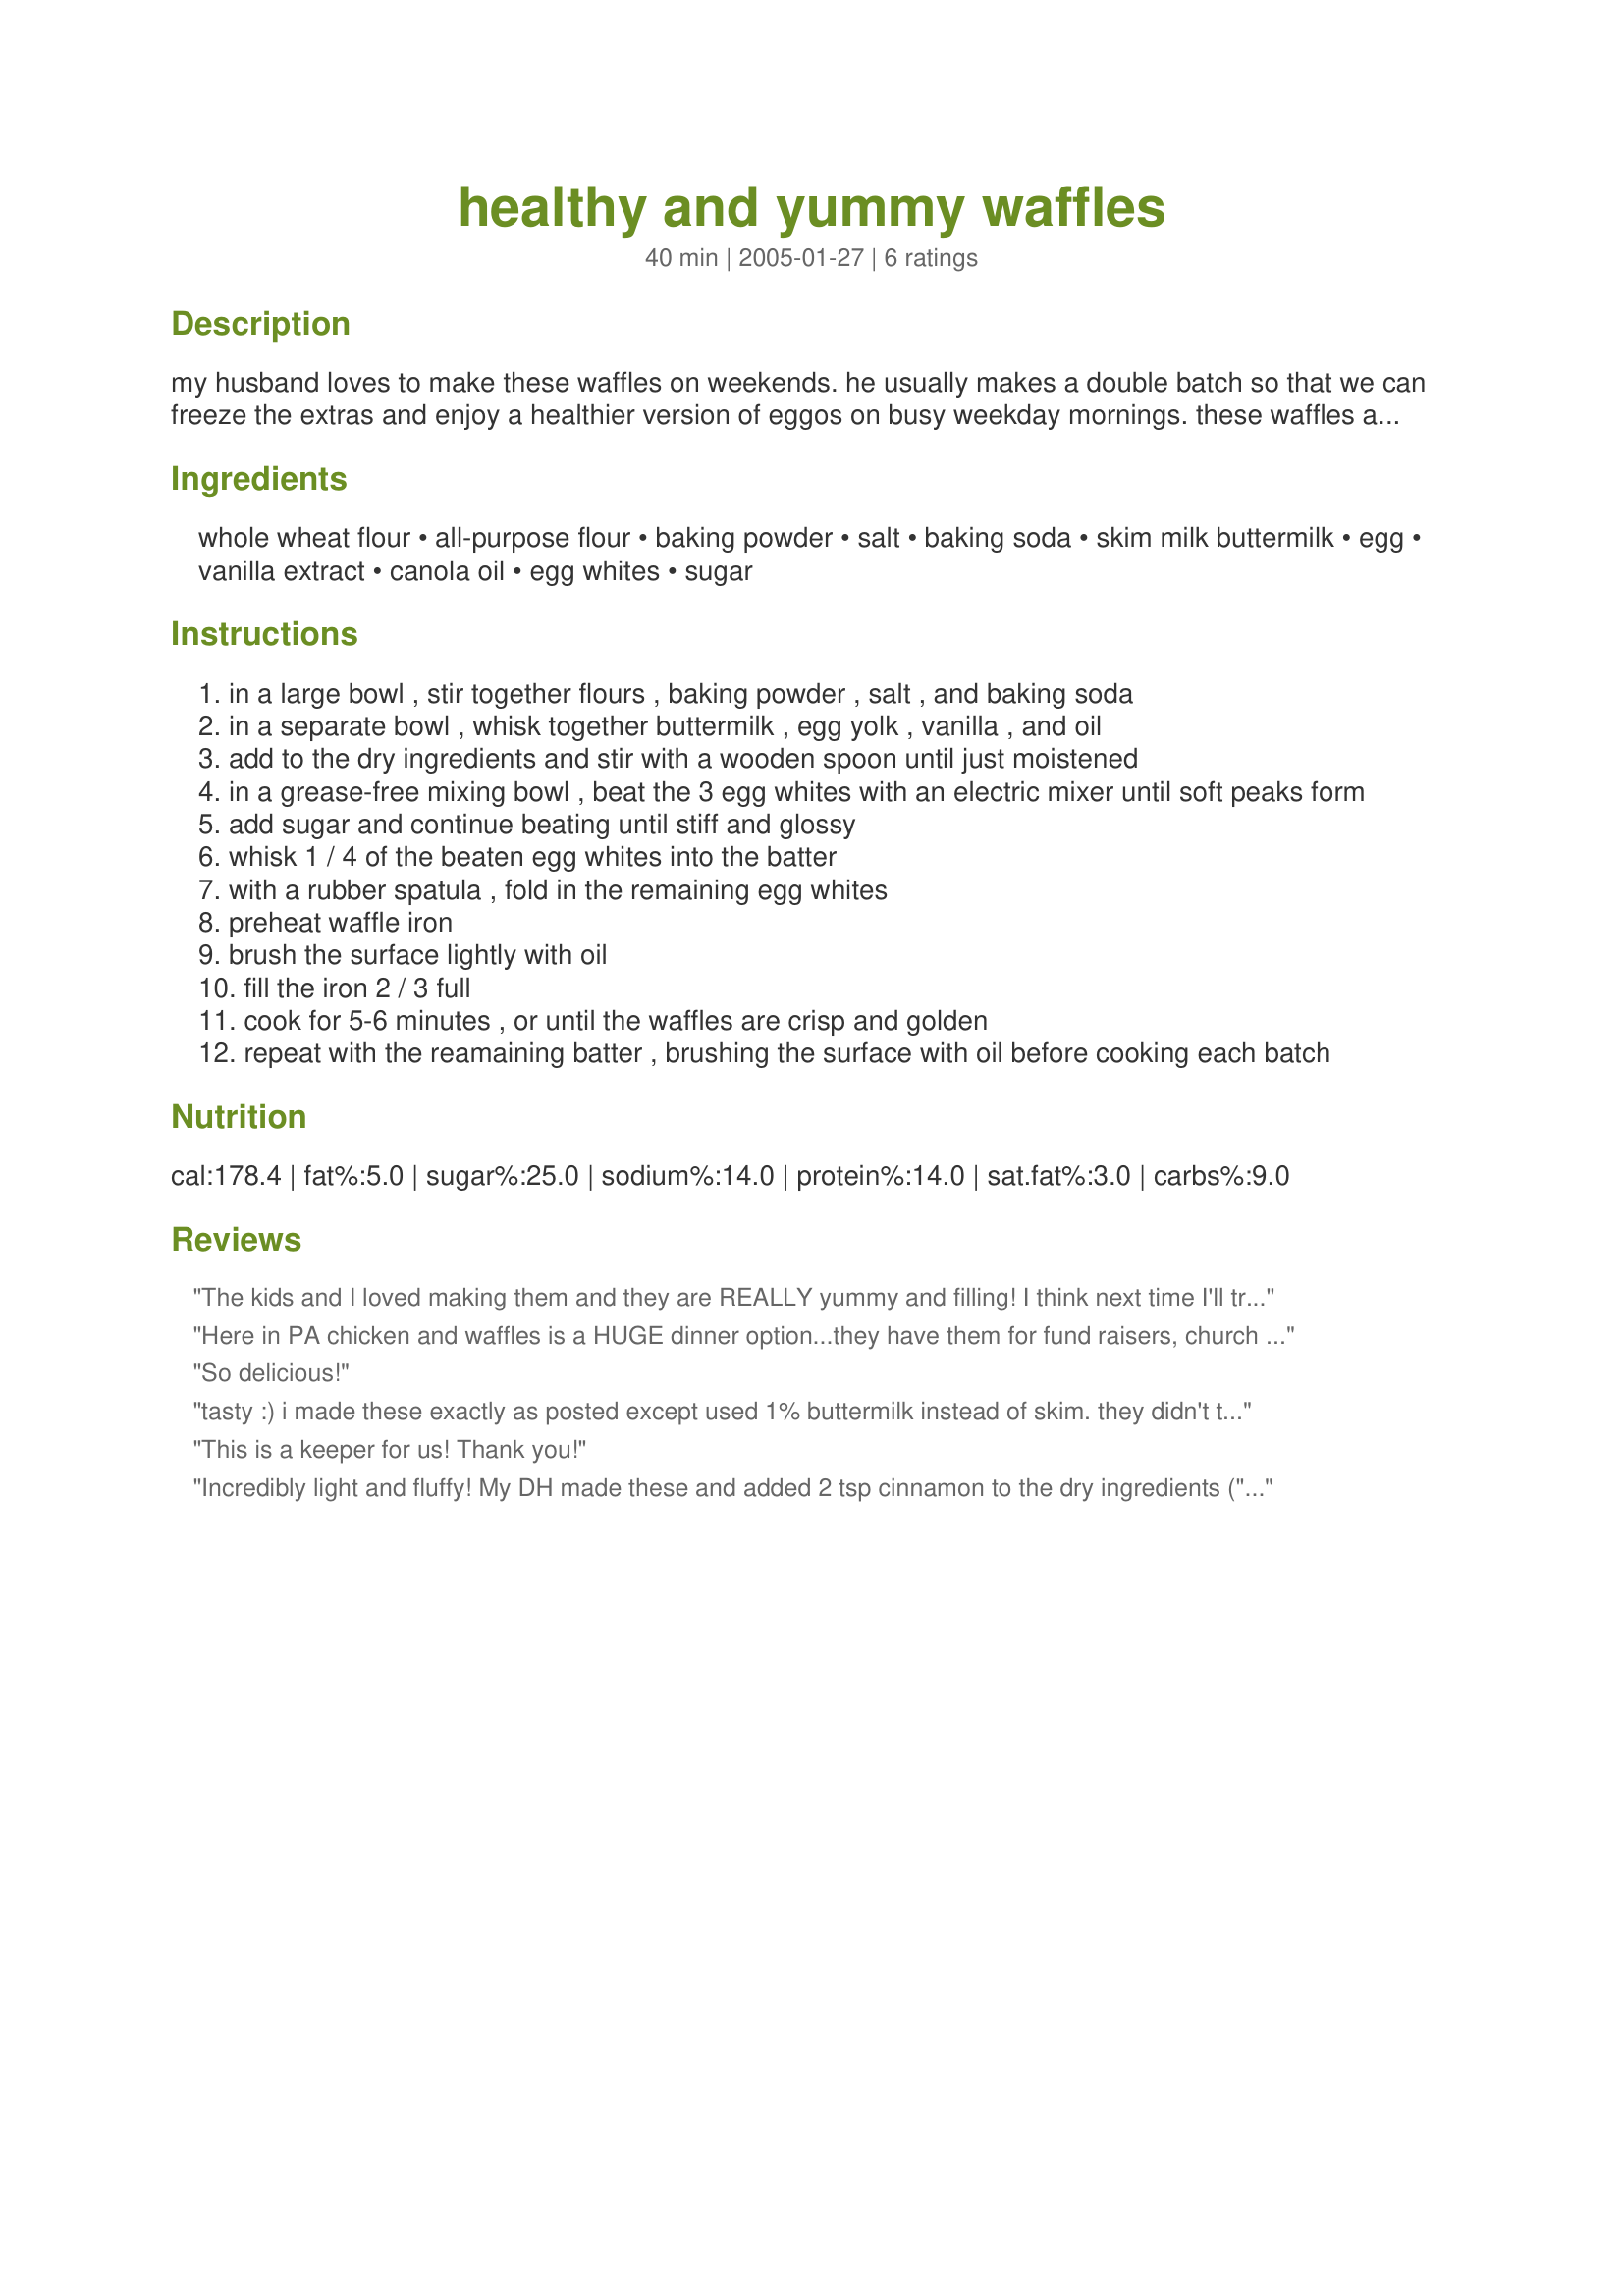
healthy and yummy waffles
Preparation time: 40 minutes

my husband loves to make these waffles on weekends. he usually makes a double batch so that we can freeze the extras and enjoy a healthier version of eggos on busy weekday mornings. these waffles are low in fat and made from half whole wheat flour, but they taste delicious! my picky kids love them! we got this recipe years ago from eating well magazine.

Ingredients:
whole wheat flour, all-purpose flour, baking powder, salt, baking soda, skim milk buttermilk, egg, vanilla extract, canola oil, egg whites, sugar

Steps:
in a large bowl , stir together flours , baking powder , salt , and baking soda
in a separate bowl , whisk together buttermilk , egg yolk , vanilla , and oil
add to the dry ingredients and stir with a wooden spoon until just moistened
in a grease-free mixing bowl , beat the 3 egg whites with an electric mixer until soft peaks form
add sugar and continue beating until stiff and glossy
whisk 1 / 4 of the beaten egg whites into the batter
with a rubber spatula , fold in the remaining egg whites
preheat waffle iron
brush the surface lightly with oil
fill the iron 2 / 3 full
cook for 5-6 minutes , or until the waffles are crisp and golden
repeat with the reamaining batter , brushing the surface with oil before cooking each batch

Reviews:
The kids and I loved making them and they are REALLY yummy and filling! I think next time I'll try applesauce instead of oil and perhaps see what they're like without doing the egg white fluffing. Any way you look at it, though, these really are great!
Here in PA chicken and waffles is a HUGE dinner option...they have them for fund raisers, church dinners, and restaurant specials. I had leftover turkey, and wanted to make a healthier version for my family. I used these waffles as the base, changing only 2 things...omiting the vanilla since I wanted them for a savory waffle, and using 2 eggs since I hate wasting anything. The 2 beaten egg whites were still enough to make the batter fluffy and light. It made 5 waffles in my huge Belgian waffle maker, so I divided that into 10 servings. I sprayed the cooker with butter flavored Pam instead of coating with canola oil. I had no problem with it sticking. It was the perfect texture of crunchy outside and cakey inside. My 3 year old HAD to have it with syrup instead of turkey and gravy. He loved it. This will be my go-to waffle for breakfast, lunch, dinner, even as dessert with a little light vanilla ice cream on top! Thanks for posting such a delicious, healthy alternative to fattening waffles!
So delicious!
tasty :) i made these exactly as posted except used 1% buttermilk instead of skim. they didn't turn out quite as crispy as i would have liked and at first were pulling apart in the middle when i opened my non-stick waffle-maker, but a little cooking spray solved the sticking problem and they were soon well-enjoyed with syrup, strawberry rhubarb sauce, and peanut butter. thanks!
This is a keeper for us! Thank you!
Incredibly light and fluffy! My DH made these and added 2 tsp cinnamon to the dry ingredients ("because cinnamon belongs in everything"). He thinks the beating of the egg whites is the key to the fluffiness of this recipe. Thanks for posting!
